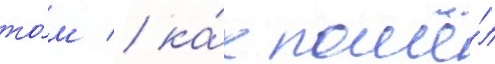
то́м / ка́к пошё́л